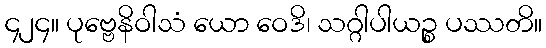
၄၂၄။ ပုဗ္ဗေနိဝါသံ ယော ဝေဒိ၊ သဂ္ဂါပါယဉ္စ ပဿတိ။